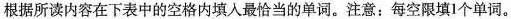
根据所读内容在下表中的空格内填入最恰当的单词.注意;每空限填1个单词.。